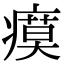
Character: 瘼